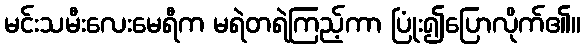
မင်းသမီးလေးမေရီက မရဲတရဲကြည့်ကာ ပြုံး၍ပြောလိုက်၏။